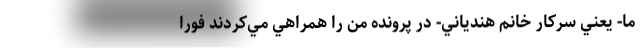
ما- يعني سركار خانم هندياني- در پرونده من را همراهي مي‌كردند فورا